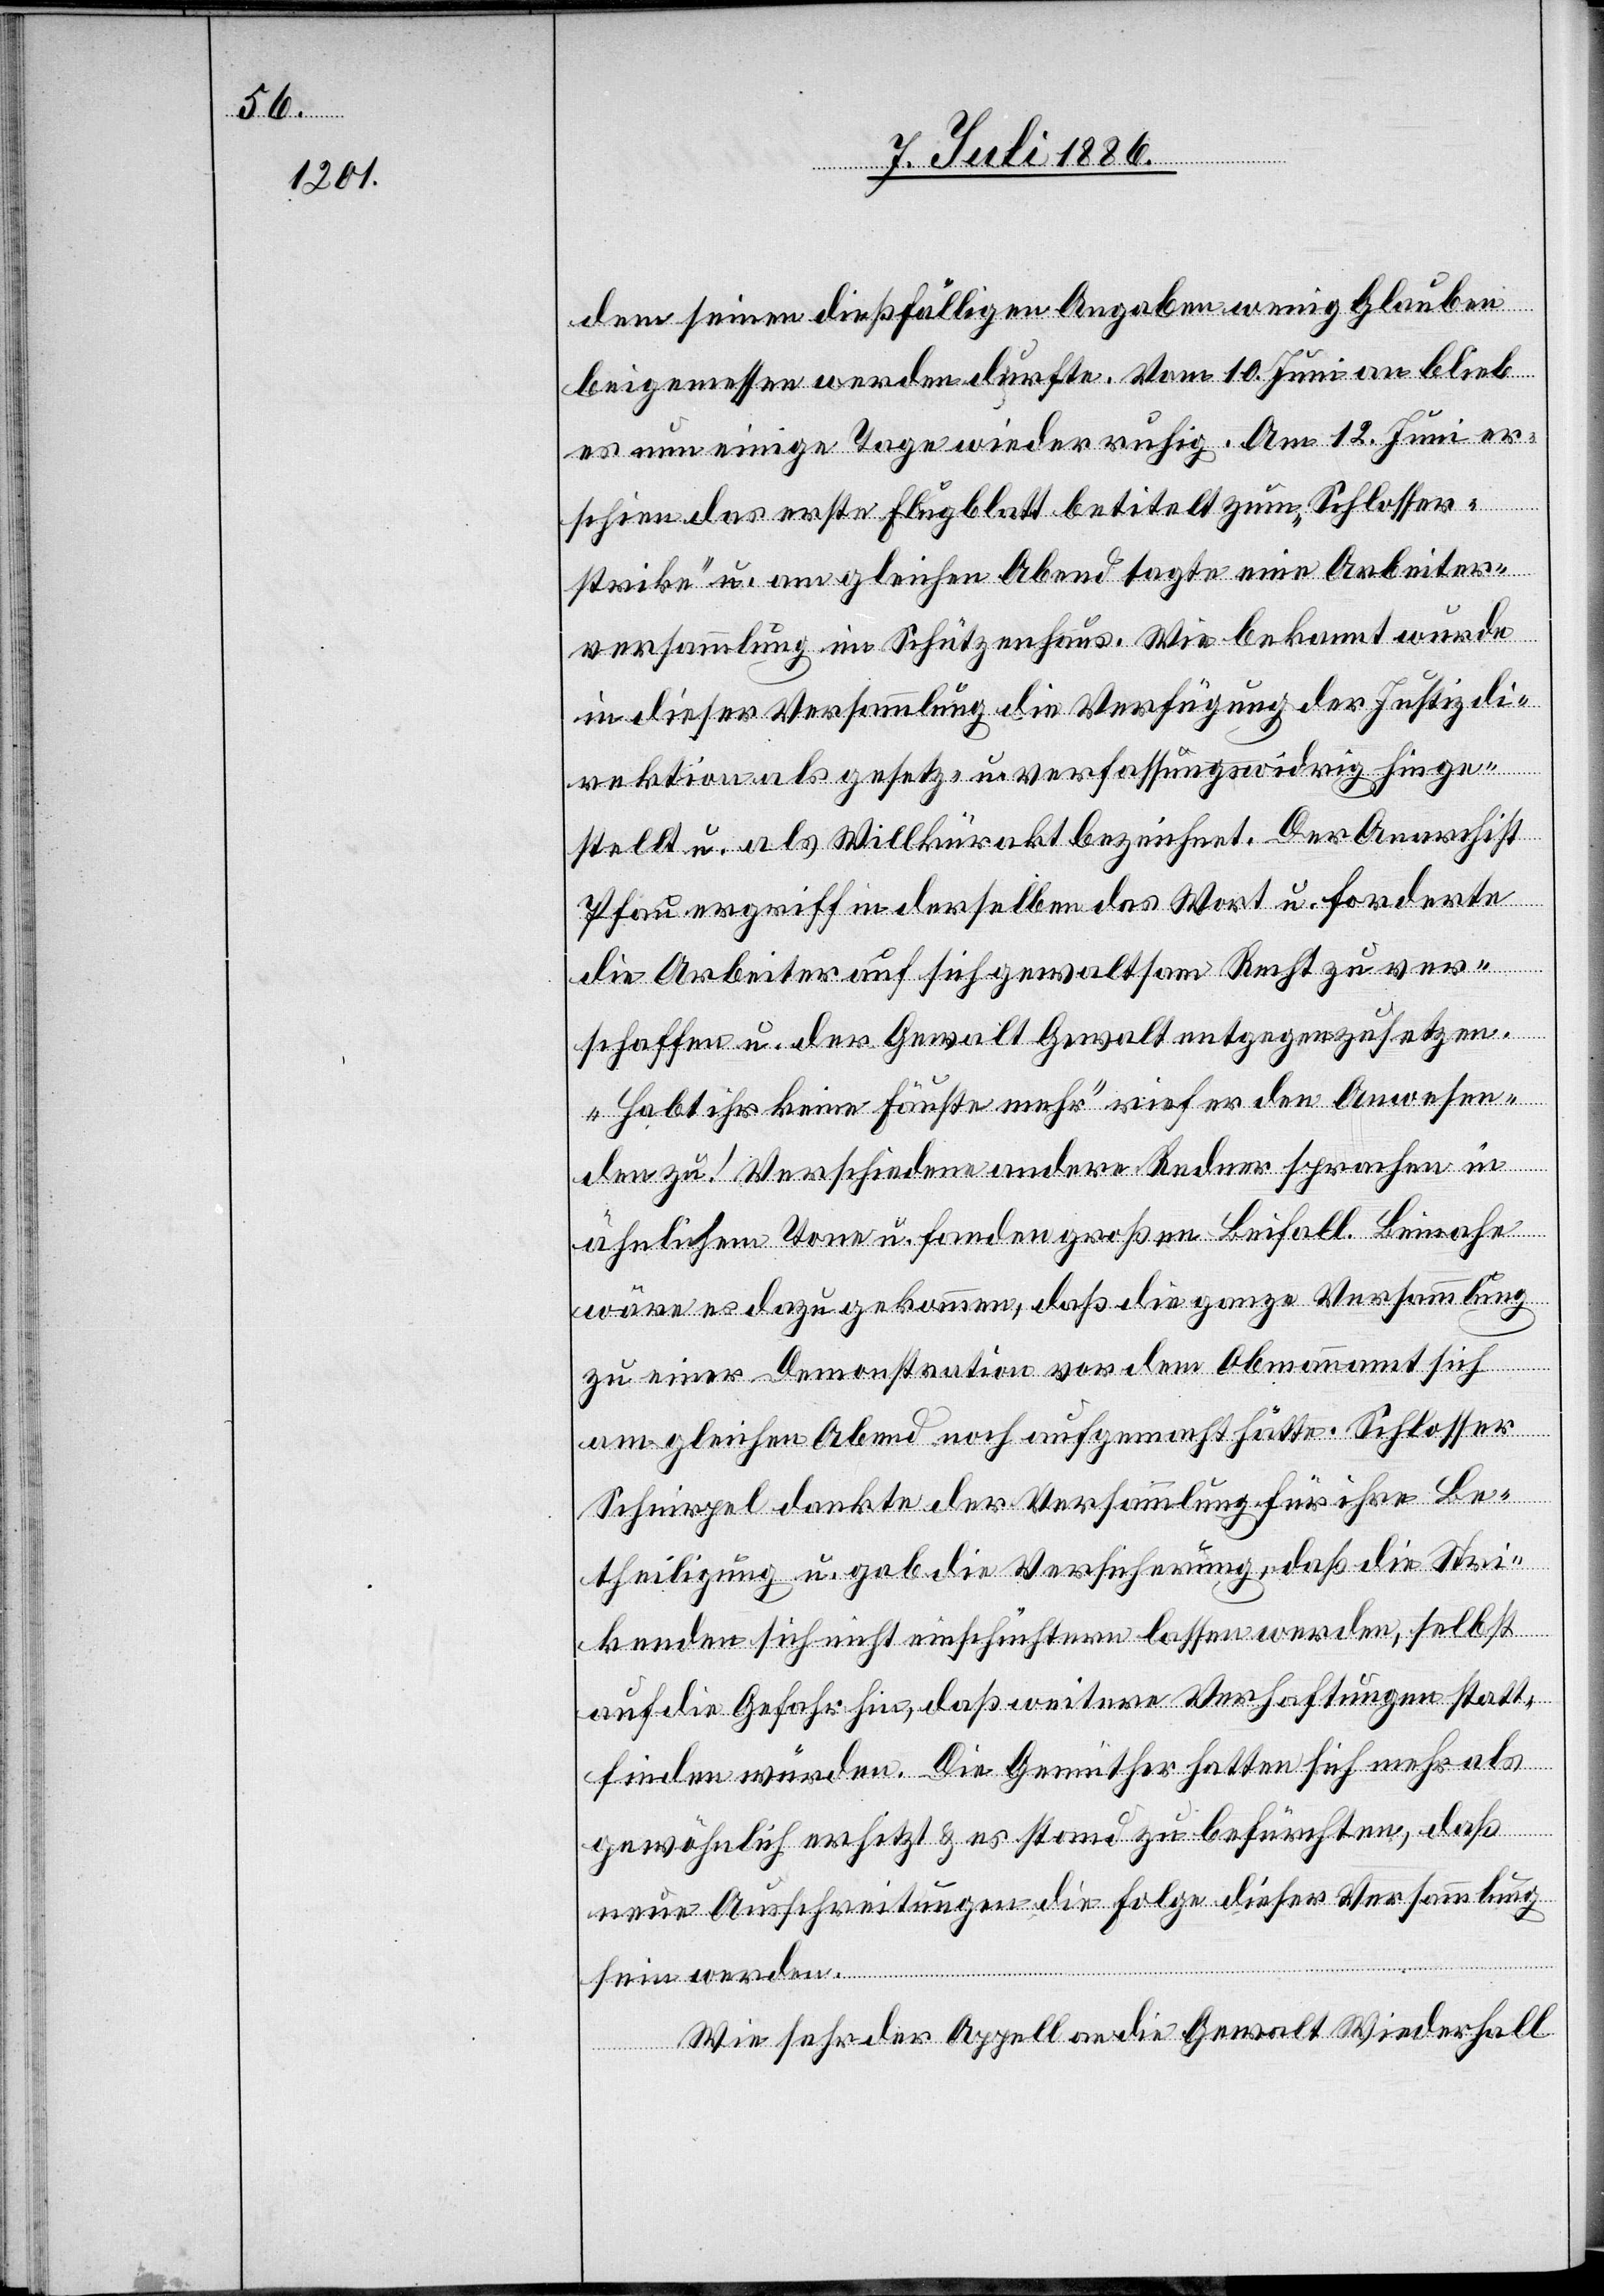
dem seinen dießfälligen Angaben wenig Glauben
beigemessen werden durfte. Vom 10. Juni an blieb
es nun einige Tage wieder ruhig. Am 12. Juni er¬
schien das erste Flugblatt betitelt zum „Schlosser¬
strike“ u. am gleichen Abend tagte eine Arbeiter¬
versammlung im Schützenhaus. Wie bekannt wurde
in dieser Versammlung die Verfügung der Justizdi¬
rektion als gesetz- u. verfassungswidrig hinge¬
stellt u. als Willkürakt bezeichnet. Der Anarchist
Pfau ergriff in derselben das Wort u. forderte
die Arbeiter auf sich gewaltsam Recht zu ver¬
schaffen u. der Gewalt Gewalt entgegenzusetzen.
„Habt ihr keine Fäuste mehr“ rief er den Anwesen¬
den zu! Verschiedene andere Redner sprachen in
ähnlichem Tone u. fanden großen Beifall. Beinahe
wäre es dazu gekommen, daß die ganze Versammlung
zu einer Demonstration vor dem Obmannamt sich
am gleichen Abend noch aufgemacht hätte. Schlosser
Schnirpel dankte der Versammlung für ihre Be¬
theiligung u. gab die Versicherung, daß die Stri¬
kenden sich nicht einschüchtern lassen werden, selbst
auf die Gefahr hin, daß weitere Verhaftungen statt¬
finden würden. Die Gemüther hatten sich mehr als
gewöhnlich erhitzt & es stand zu befürchten, daß
neue Ausschreitungen die Folge dieser Versammlung
sein werden.
Wie sehr der Appell an die Gewalt Wiederhall